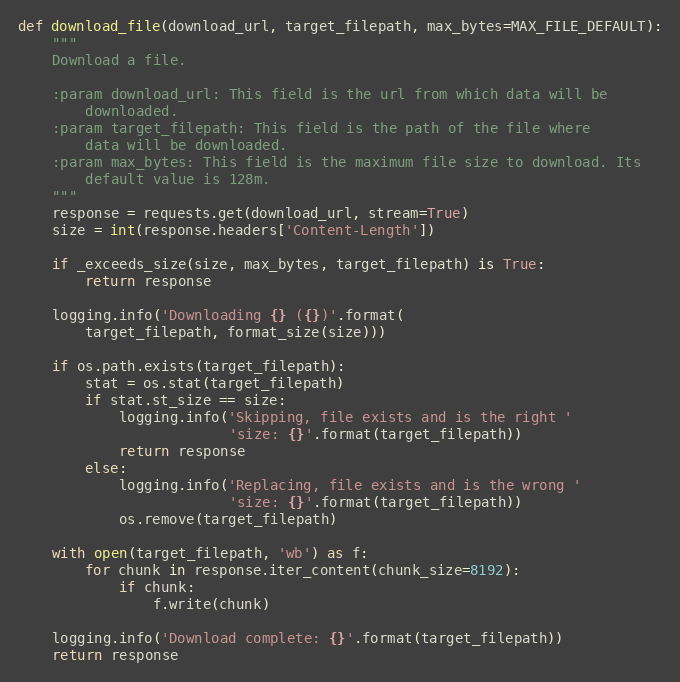
Language: Python
def download_file(download_url, target_filepath, max_bytes=MAX_FILE_DEFAULT):
    """
    Download a file.

    :param download_url: This field is the url from which data will be
        downloaded.
    :param target_filepath: This field is the path of the file where
        data will be downloaded.
    :param max_bytes: This field is the maximum file size to download. Its
        default value is 128m.
    """
    response = requests.get(download_url, stream=True)
    size = int(response.headers['Content-Length'])

    if _exceeds_size(size, max_bytes, target_filepath) is True:
        return response

    logging.info('Downloading {} ({})'.format(
        target_filepath, format_size(size)))

    if os.path.exists(target_filepath):
        stat = os.stat(target_filepath)
        if stat.st_size == size:
            logging.info('Skipping, file exists and is the right '
                         'size: {}'.format(target_filepath))
            return response
        else:
            logging.info('Replacing, file exists and is the wrong '
                         'size: {}'.format(target_filepath))
            os.remove(target_filepath)

    with open(target_filepath, 'wb') as f:
        for chunk in response.iter_content(chunk_size=8192):
            if chunk:
                f.write(chunk)

    logging.info('Download complete: {}'.format(target_filepath))
    return response